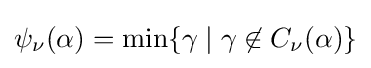
\psi _{\nu }(\alpha )=\min\{\gamma \mid \gamma \not \in C_{\nu }(\alpha )\}